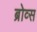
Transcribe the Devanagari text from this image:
ब्रोव्स